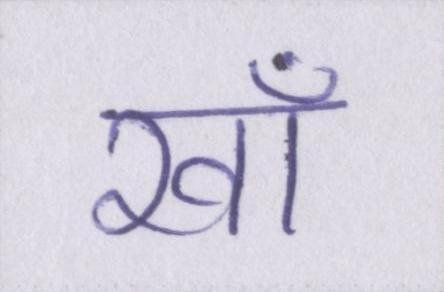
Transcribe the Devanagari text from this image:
खाँ